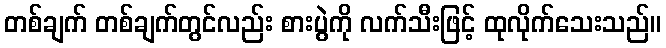
တစ်ချက် တစ်ချက်တွင်လည်း စားပွဲကို လက်သီးဖြင့် ထုလိုက်သေးသည်။